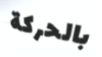
بالحركة